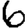
Digit: 6